38_143685_box7_Incident_Summaries_1-100
Agency: Department of War
Page 56
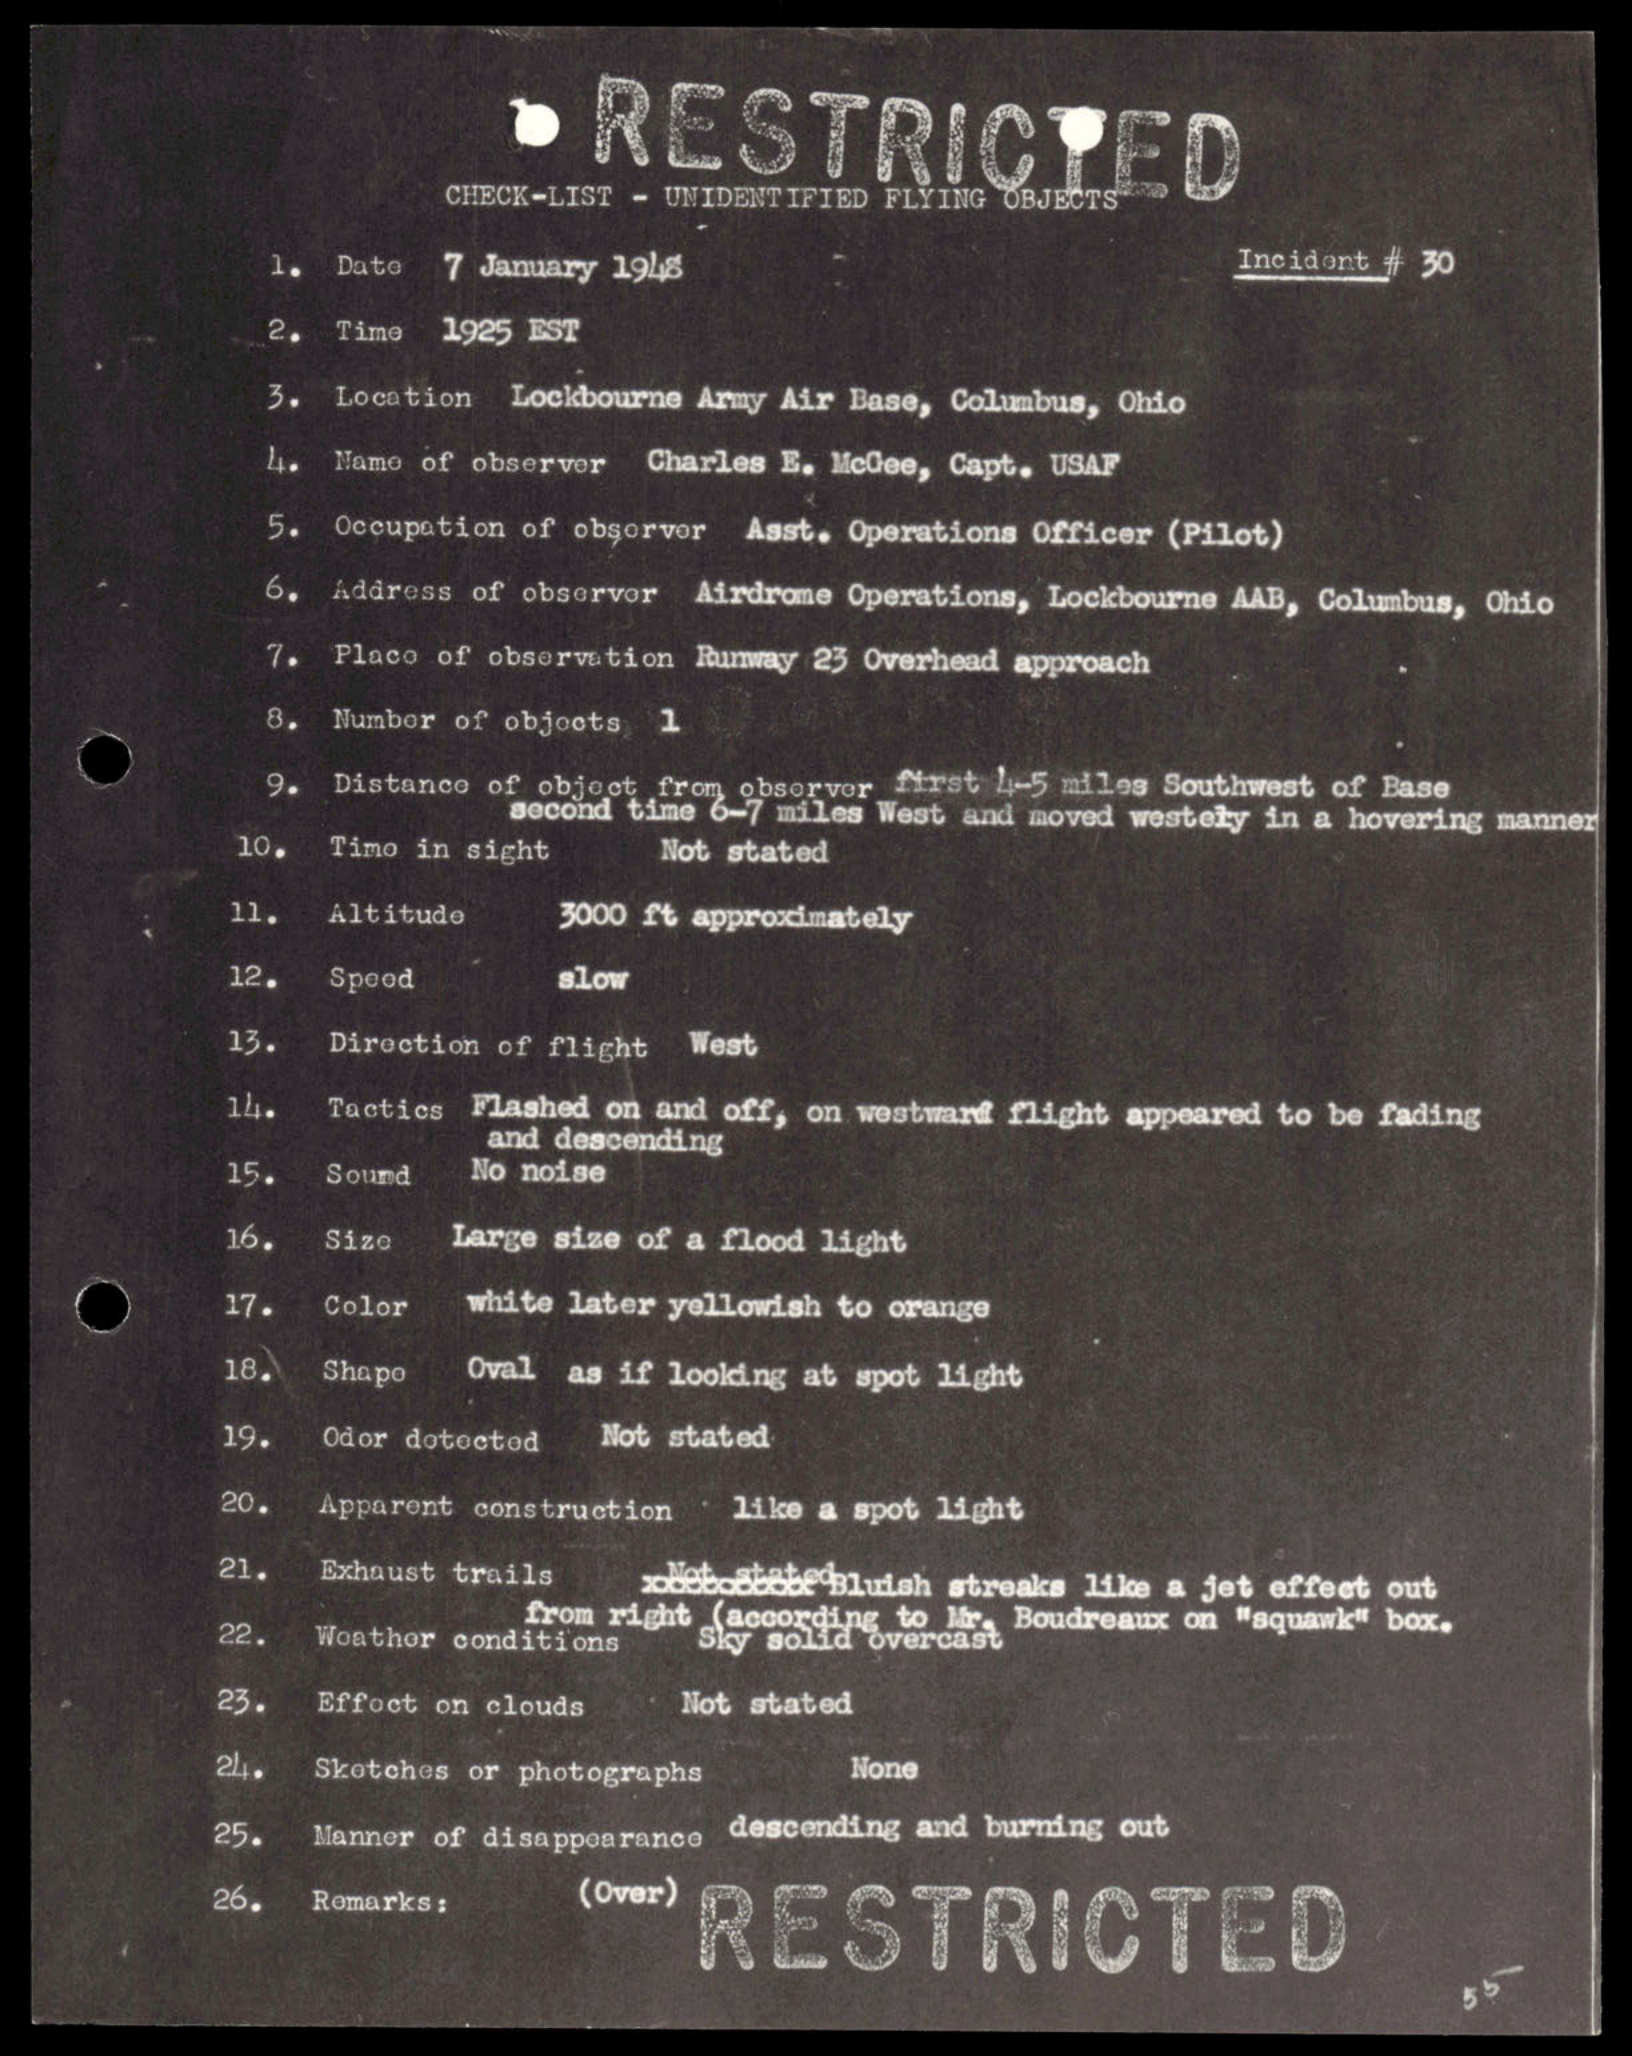